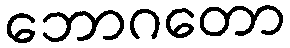
ဘောဂတော